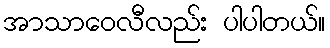
အာသာဝေလီလည်း ပါပါတယ်။